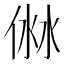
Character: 𠊥